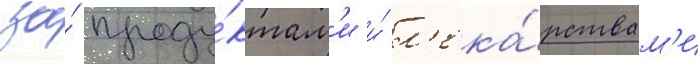
за́ проду́ктам'и и́ л'ека́рствам'и